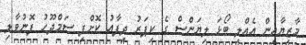
މާޒިޔާއިން އެއްލި ބޯޅަ ލިޔަންސް ގެ ކިޕަރު ދިފާއު ކޮށްފި ސަމްދޫހު ފޮނުވާލި